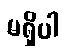
မရှိပါ